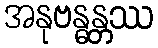
အနုဗန္ဓန္တဿ